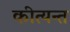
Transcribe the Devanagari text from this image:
कीत्यन्त